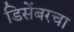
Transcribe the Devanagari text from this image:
डिसेंबरचा